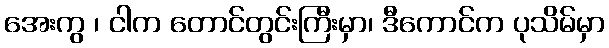
အေးကွ ၊ ငါက တောင်တွင်းကြီးမှာ၊ ဒီကောင်က ပုသိမ်မှာ